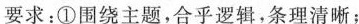
要求：①围绕主题，合乎逻辑，条理清晰；